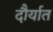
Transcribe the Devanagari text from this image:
दौर्यात